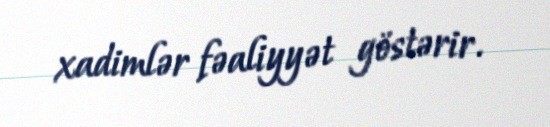
xadimlər fəaliyyət göstərir.